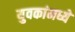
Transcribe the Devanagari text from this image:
युवकांमध्ये